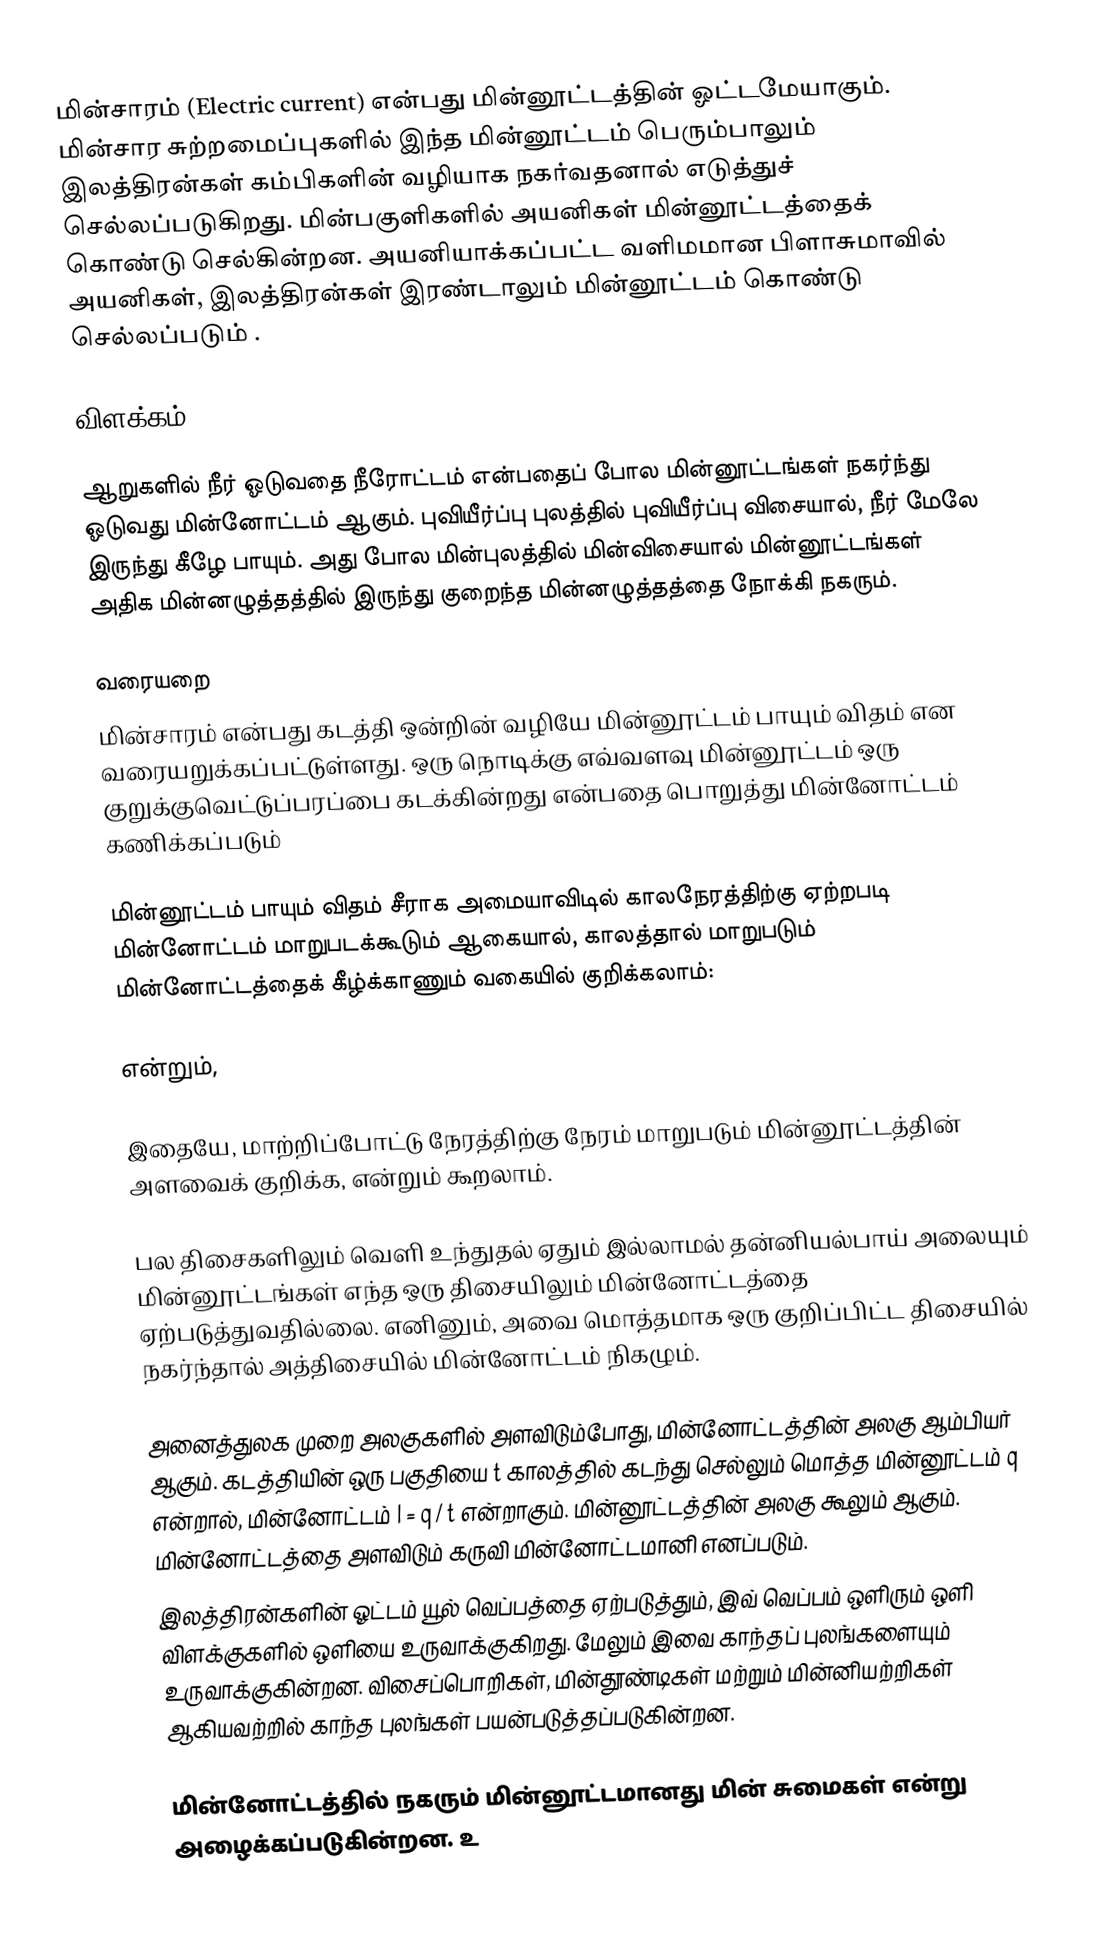
மின்சாரம் (Electric current) என்பது மின்னூட்டத்தின் ஓட்டமேயாகும். மின்சார சுற்றமைப்புகளில் இந்த மின்னூட்டம் பெரும்பாலும் இலத்திரன்கள் கம்பிகளின் வழியாக நகர்வதனால் எடுத்துச் செல்லப்படுகிறது. மின்பகுளிகளில் அயனிகள் மின்னூட்டத்தைக் கொண்டு செல்கின்றன. அயனியாக்கப்பட்ட வளிமமான பிளாசுமாவில் அயனிகள், இலத்திரன்கள் இரண்டாலும் மின்னூட்டம் கொண்டு செல்லப்படும் .

விளக்கம்

ஆறுகளில் நீர் ஓடுவதை நீரோட்டம் என்பதைப் போல மின்னூட்டங்கள் நகர்ந்து ஓடுவது மின்னோட்டம் ஆகும். புவியீர்ப்பு புலத்தில் புவியீர்ப்பு விசையால், நீர் மேலே இருந்து கீழே பாயும். அது போல  மின்புலத்தில்  மின்விசையால் மின்னூட்டங்கள்  அதிக மின்னழுத்தத்தில் இருந்து குறைந்த மின்னழுத்தத்தை நோக்கி  நகரும்.

வரையறை
 மின்சாரம் என்பது கடத்தி ஒன்றின் வழியே மின்னூட்டம் பாயும் விதம் என வரையறுக்கப்பட்டுள்ளது. ஒரு நொடிக்கு எவ்வளவு மின்னூட்டம் ஒரு குறுக்குவெட்டுப்பரப்பை கடக்கின்றது என்பதை பொறுத்து மின்னோட்டம் கணிக்கப்படும்

மின்னூட்டம் பாயும் விதம் சீராக அமையாவிடில் காலநேரத்திற்கு ஏற்றபடி மின்னோட்டம் மாறுபடக்கூடும் ஆகையால், காலத்தால் மாறுபடும் மின்னோட்டத்தைக் கீழ்க்காணும் வகையில் குறிக்கலாம்:

 என்றும்,

இதையே, மாற்றிப்போட்டு நேரத்திற்கு நேரம் மாறுபடும் மின்னூட்டத்தின் அளவைக் குறிக்க,  என்றும் கூறலாம்.

பல திசைகளிலும் வெளி உந்துதல் ஏதும் இல்லாமல் தன்னியல்பாய் அலையும் மின்னூட்டங்கள் எந்த ஒரு திசையிலும் மின்னோட்டத்தை ஏற்படுத்துவதில்லை. எனினும், அவை மொத்தமாக ஒரு குறிப்பிட்ட திசையில் நகர்ந்தால் அத்திசையில் மின்னோட்டம் நிகழும்.

அனைத்துலக முறை அலகுகளில் அளவிடும்போது, மின்னோட்டத்தின் அலகு ஆம்பியர் ஆகும். கடத்தியின் ஒரு பகுதியை t காலத்தில் கடந்து செல்லும் மொத்த மின்னூட்டம் q என்றால், மின்னோட்டம் I = q / t என்றாகும். மின்னூட்டத்தின் அலகு கூலும் ஆகும். மின்னோட்டத்தை அளவிடும் கருவி மின்னோட்டமானி எனப்படும்.
இலத்திரன்களின் ஓட்டம் யூல் வெப்பத்தை ஏற்படுத்தும், இவ் வெப்பம் ஒளிரும் ஒளி விளக்குகளில் ஒளியை உருவாக்குகிறது. மேலும் இவை காந்தப் புலங்களையும் உருவாக்குகின்றன. விசைப்பொறிகள், மின்தூண்டிகள் மற்றும் மின்னியற்றிகள்  ஆகியவற்றில் காந்த புலங்கள் பயன்படுத்தப்படுகின்றன.

மின்னோட்டத்தில் நகரும் மின்னூட்டமானது மின் சுமைகள் என்று அழைக்கப்படுகின்றன. உ